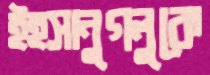
ইহসানুগলুকে